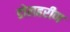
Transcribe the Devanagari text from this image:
डोलहरीण